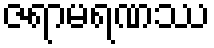
ဇရာမရဏဿ